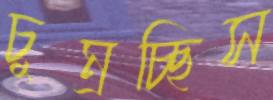
চুম্‌রচ্ছিস